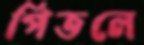
পিতলে